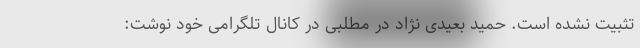
تثبیت نشده است. حمید بعیدی نژاد در مطلبی در کانال تلگرامی خود نوشت: